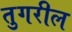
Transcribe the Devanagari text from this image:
तुगरील